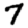
Digit: 7